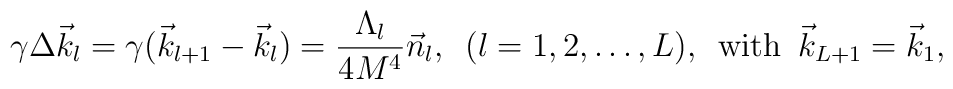
\gamma\Delta \vec{k}_l=\gamma(\vec{k}_{l+1}-\vec{k}_l)=\frac{\Lambda_l}{4M^4}\vec{n}_l, \,\,\, (l=1,2,\dots, L), \,\,\,{\rm with}\,\,\,\vec{k}_{L+1}=\vec{k}_1,